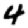
Digit: 4